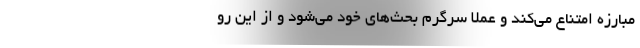
مبارزه امتناع می‌کند و عملا سرگرم بحث‌های خود می‌شود و از این رو